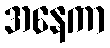
အနေကာ